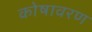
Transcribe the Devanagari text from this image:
कोषावरण